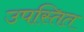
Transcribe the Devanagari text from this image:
उपस्तित